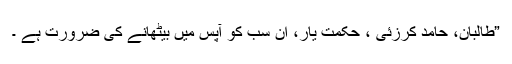
”طالبان، حامد کرزئی ، حکمت یار، ان سب کو آپس میں بیٹھانے کی ضرورت ہے ۔